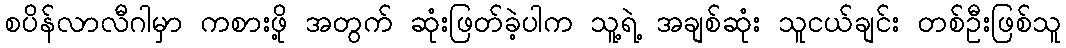
စပိန်လာလီဂါမှာ ကစားဖို့ အတွက် ဆုံးဖြတ်ခဲ့ပါက သူ့ရဲ့ အချစ်ဆုံး သူငယ်ချင်း တစ်ဦးဖြစ်သူ